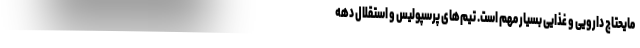
مایحتاج دارویی و غذایی بسیار مهم است. تیم‌های پرسپولیس و استقلال دهه